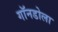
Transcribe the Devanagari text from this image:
गॉनडोला